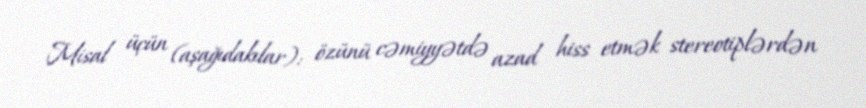
Misal üçün (aşağıdakılar): özünü cəmiyyətdə azad hiss etmək stereotiplərdən